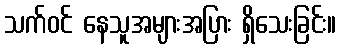
သက်ဝင် နေသူအများအပြား ရှိသေးခြင်း။